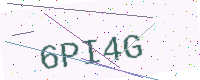
Text: 6PI4G